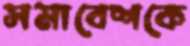
সমাবেশকে